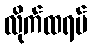
လိုက်ထရပ်